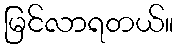
မြင်လာရတယ်။